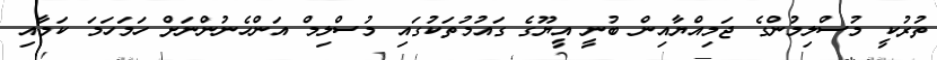
ތުރުކީ މުސްލިމުންގެ ޖަމިއްޔާއިން ބުނީ އީޔޫގެ ގައުމުތަކުގައި މުސްލިމް އަންހެނުންނަށް ހަމަހަމަ ކަމާއި